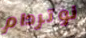
نوتردام